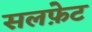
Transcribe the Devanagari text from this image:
सलफ़ेट